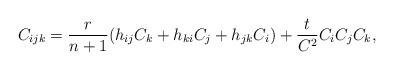
LaTeX: \begin{align*}C_{ijk}=\frac{r}{n+1}(h_{ij}C_k+h_{ki}C_j+h_{jk}C_i)+\frac{t}{C^2}C_iC_jC_k,\end{align*}